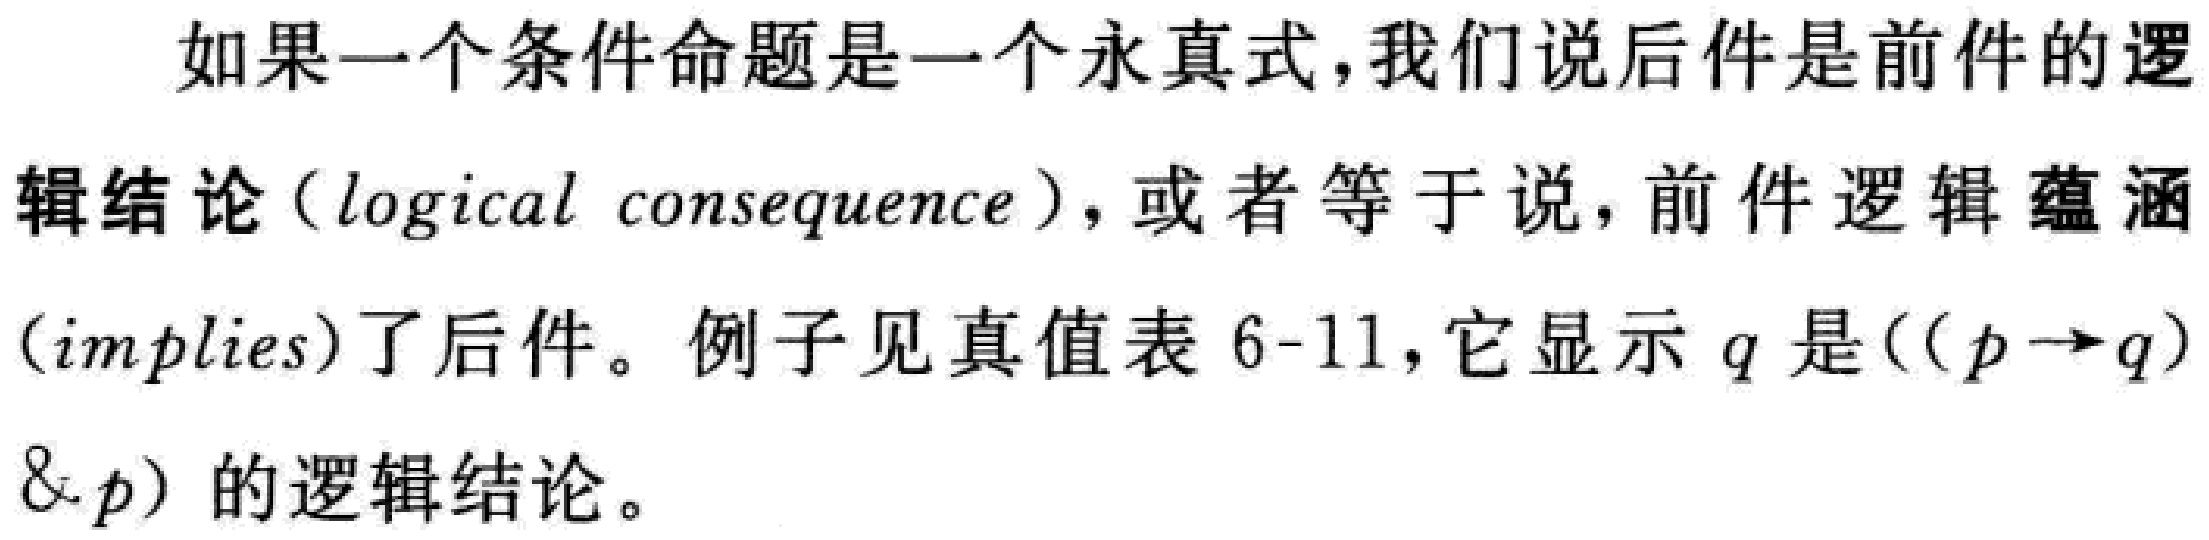
如果一个条件命题是一个永真式,我们说后件是前件的逻辑结论（logical consequence）,或者等于说,前件逻辑蕴涵（implies）了后件。例子见真值表6-11,它显示$q$是$((p\rightarrow q)\& p)$的逻辑结论。